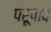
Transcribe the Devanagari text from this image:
परूपाद